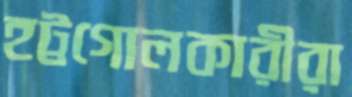
হট্টগোলকারীরা